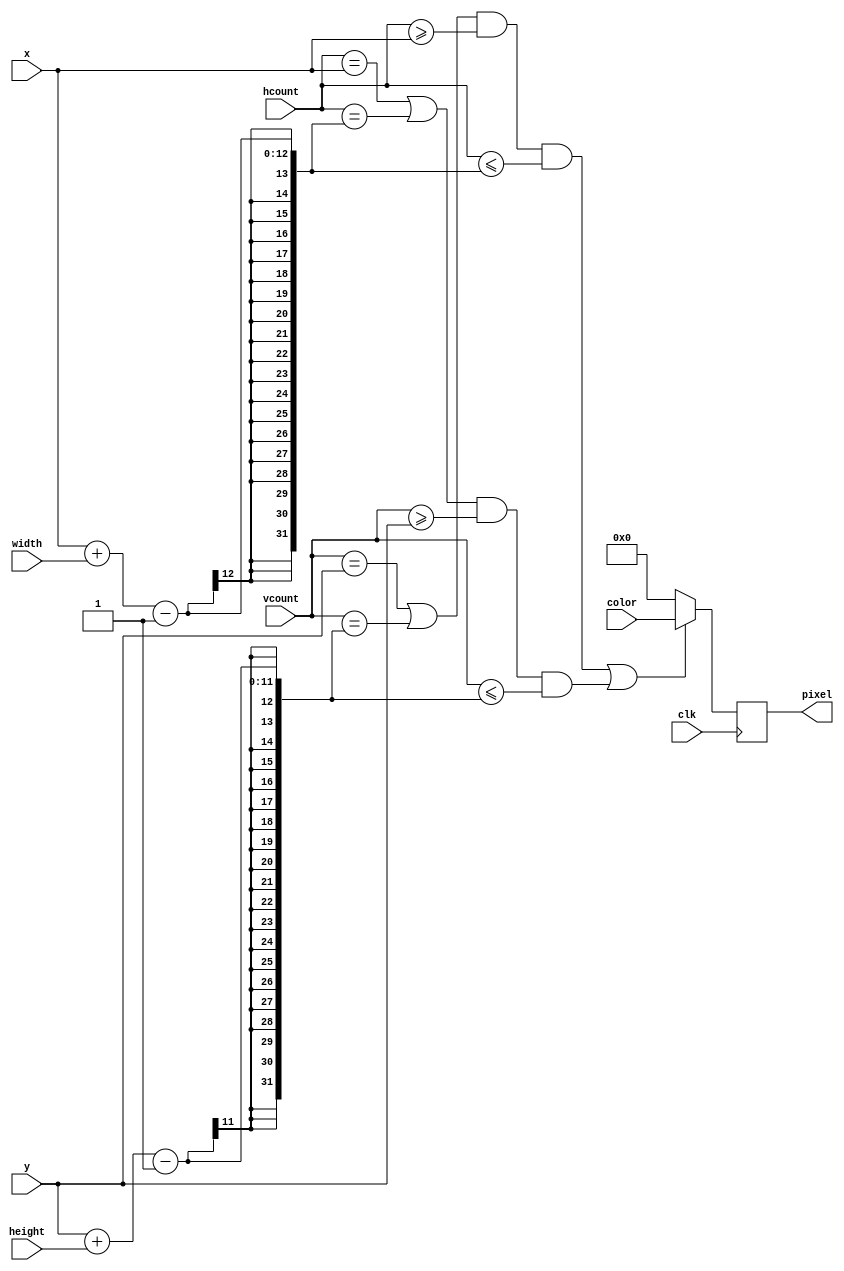
`timescale 1ns / 1ps
//////////////////////////////////////////////////////////////////////////////////
// Company: 
// Engineer: 
// 
// Design Name: 
// Module Name: box
// Project Name: 
// Target Devices: 
// Tool Versions: 
// Description: 
// 
// Dependencies: 
// 
// Revision:
// Revision 0.01 - File Created
// Additional Comments:
// 
//////////////////////////////////////////////////////////////////////////////////


module box(
    input clk,
    input [7:0] width,
    input [7:0] height,
    input [11:0] color,
    input [10:0] x,
    input [10:0] hcount,
    input [9:0] y,
    input [9:0] vcount,
    output reg [11:0] pixel
    );
    
    always @(posedge clk) begin
        pixel = ((((vcount == y) | (vcount == y+height-1))& (hcount>=x) & (hcount<=x+width-1))| 
                (((hcount== x )| (hcount == x+width-1))& (vcount>=y) & (vcount<=y+height-1))) ? color :0; 
    end
    
endmodule